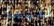
لدينا